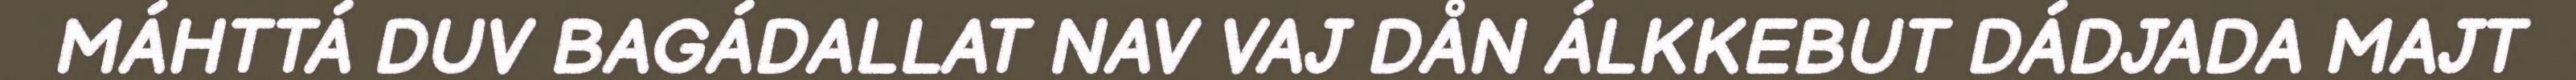
MÁHTTÁ DUV BAGÁDALLAT NAV VAJ DÅN ÁLKKEBUT DÁDJADA MAJT